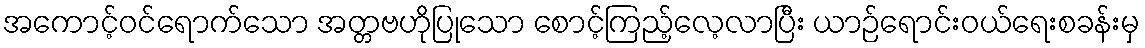
အကောင့်ဝင်ရောက်သော အတ္တဗဟိုပြုသော စောင့်ကြည့်လေ့လာပြီး ယာဉ်ရောင်းဝယ်ရေးစခန်းမှ